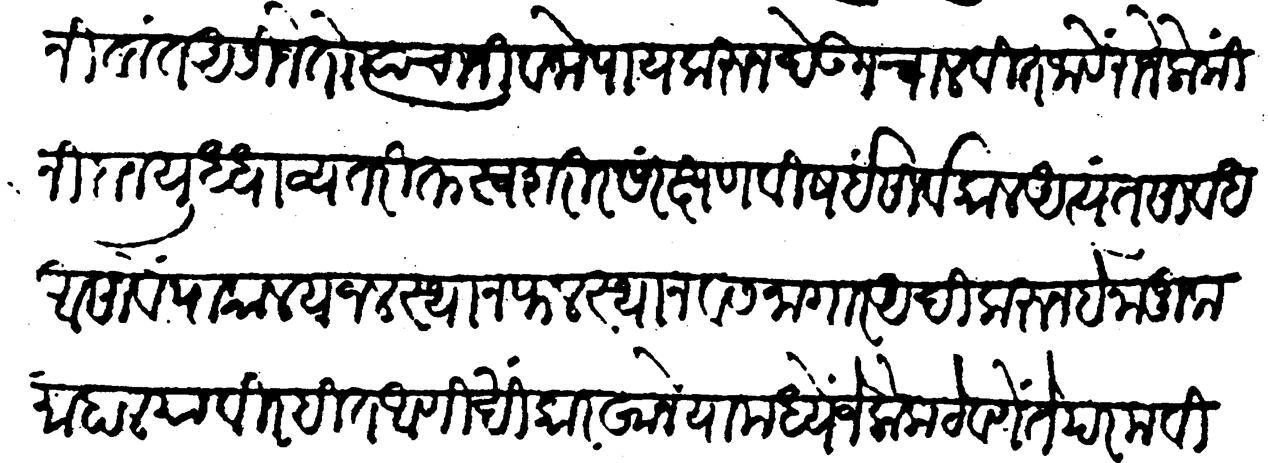
Transliteration (Devanagari): निवांत असिजे तों त्यांचा जीवनोपाय करुन देऊन चालवीत जावे राजे लोकीं निदान युद्धाव्यतिरिक्त स्वशरीरसंरक्षण विषई सार्वकाळ अत्यंत सावध असावें पाकालय जलस्थान फलस्थान वसनागार आदिकरुन हे नाजूक माहाल या विरहित आणखी कारखाने यामध्ये जे लोक ठेवणे ते परम विश्वासू